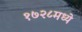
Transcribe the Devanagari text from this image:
१७२८मध्ये